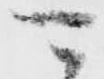
可